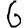
Digit: 6